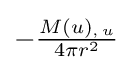
{\textstyle -{\frac {M(u)_{,\,u}}{4\pi r^{2}}}}